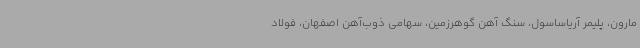
مارون، پلیمر آریاساسول، سنگ آهن گوهرزمین، سهامی ذوب‌آهن اصفهان، فولاد